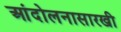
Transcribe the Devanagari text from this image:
आंदोलनासारखी